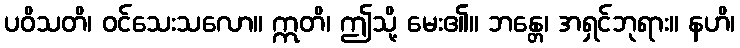
ပဝိသတိ၊ ဝင်သေးသလော။ ဣတိ၊ ဤသို့ မေး၏။ ဘန္တေ၊ အရှင်ဘုရား။ နဟိ၊